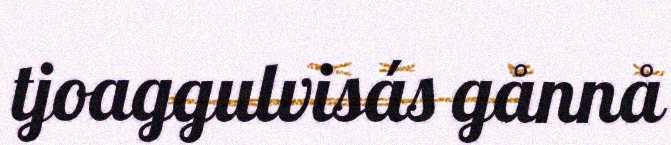
tjoaggulvisás gånnå